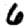
Digit: 6